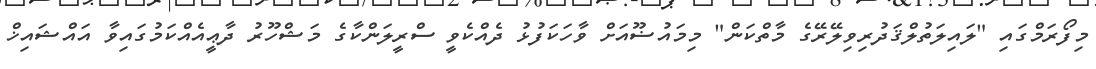
މިފޯރަމްގައި "ލައިލަތުލްޤަދުރިވިލޭރޭގެ މާތްކަން" މިމައުޟޫއަށް ވާހަކަފުޅު ދެއްކެވީ ސްރީލަންކާގެ މަޝްހޫރު ދާޢީއެއްކަމުގައިވާ އައްޝައިޚް